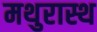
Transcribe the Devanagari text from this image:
मथुरास्थ